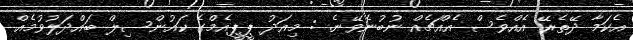
އެކަމާ ދޭތެރޭ އެއްވެސް އެއްޗެއް ނުބުނެވޭނެ. : މިއަދު ޕީޕީއެމްގެ ކައުންސިލް ބައްދަލުވުމެއް